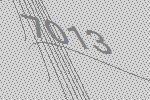
7013